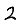
Digit: 2